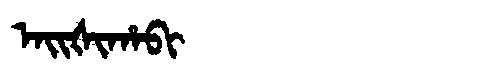
Manchu: ᠠᡳᡧᡳᡥᠠᠪᡳ
Romanization: AIŠIHABI